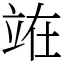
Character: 𫞼